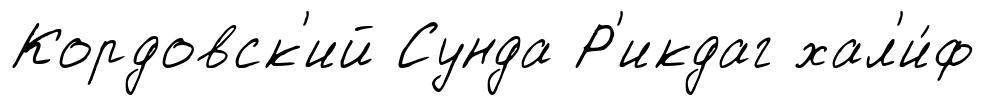
Кордовск'ий Сунда Р'икдаг хал'и́ф